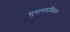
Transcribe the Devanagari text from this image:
सुधागडशिवाय